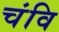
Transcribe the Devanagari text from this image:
चंवि